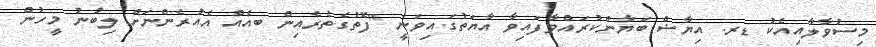
މިސުވާލާއިއެކު ޑރ. އިޔާޟް ބަޔާންކުރައްވާފައިވާ އާޔަތުގައިވަނީ "ފޮތުގެތެރެއިން ބއެއް އެއުރެންނަށް ލިބުނު މީހުން